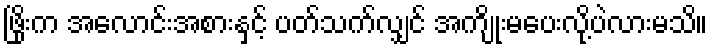
ဖြိုးက အလောင်းအစားနှင့် ပတ်သက်လျှင် အကျိုးမပေးလို့ပဲလားမသိ။